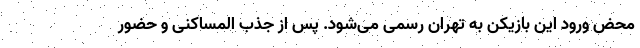
محض ورود این بازیکن به تهران رسمی می‌شود. پس از جذب المساکنی و حضور